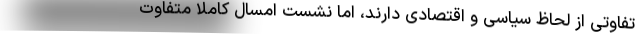
تفاوتی از لحاظ سیاسی و اقتصادی دارند، اما نشست امسال کاملا متفاوت